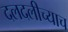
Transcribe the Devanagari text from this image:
दलदलीच्याच